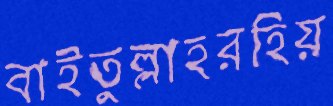
বাইতুল্লাহরহিয়